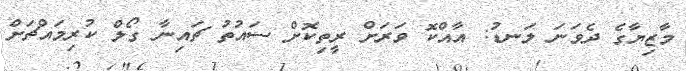
މާޒިޔާގެ ދެވަނަ ލަނޑު: އާއްކޮ ވަރަށް ރީތިކޮށް ސައުތު ޗައިނާ ގޯލް ކުރިމައްޗަށް